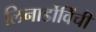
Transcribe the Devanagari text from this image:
लिनार्डोविंची